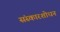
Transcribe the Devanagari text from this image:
संस्कारशोधन